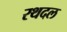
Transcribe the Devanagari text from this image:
रथदल